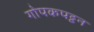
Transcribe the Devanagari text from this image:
गोपकपट्टन